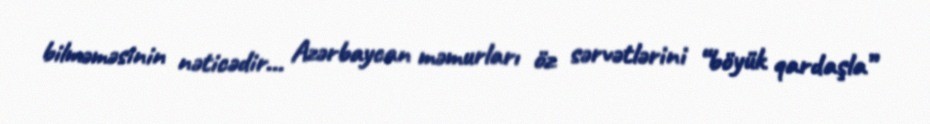
bilməməsinin nəticədir... Azərbaycan məmurları öz sərvətlərini “böyük qardaşla”